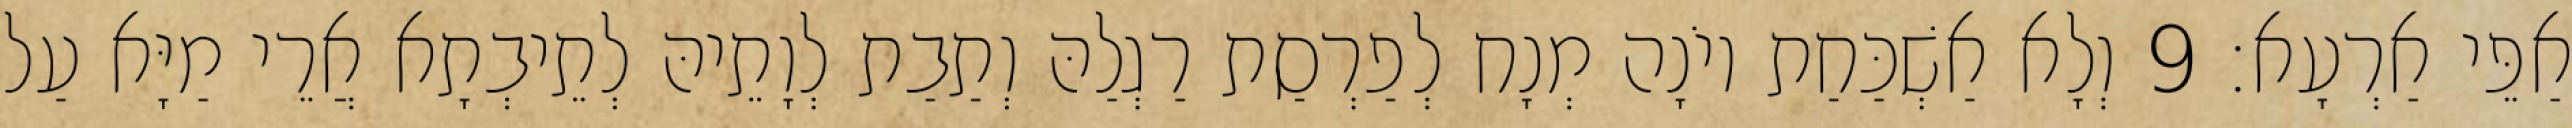
אַפֵּי אַרְעָא׃ 9 וְלָא אַשְׁכַּחַת יוֹנָה מְנָח לְפַרְסַת רַגְלַהּ וְתַבַת לְוָתֵיהּ לְתֵיבְתָא אֲרֵי מַיָּא עַל